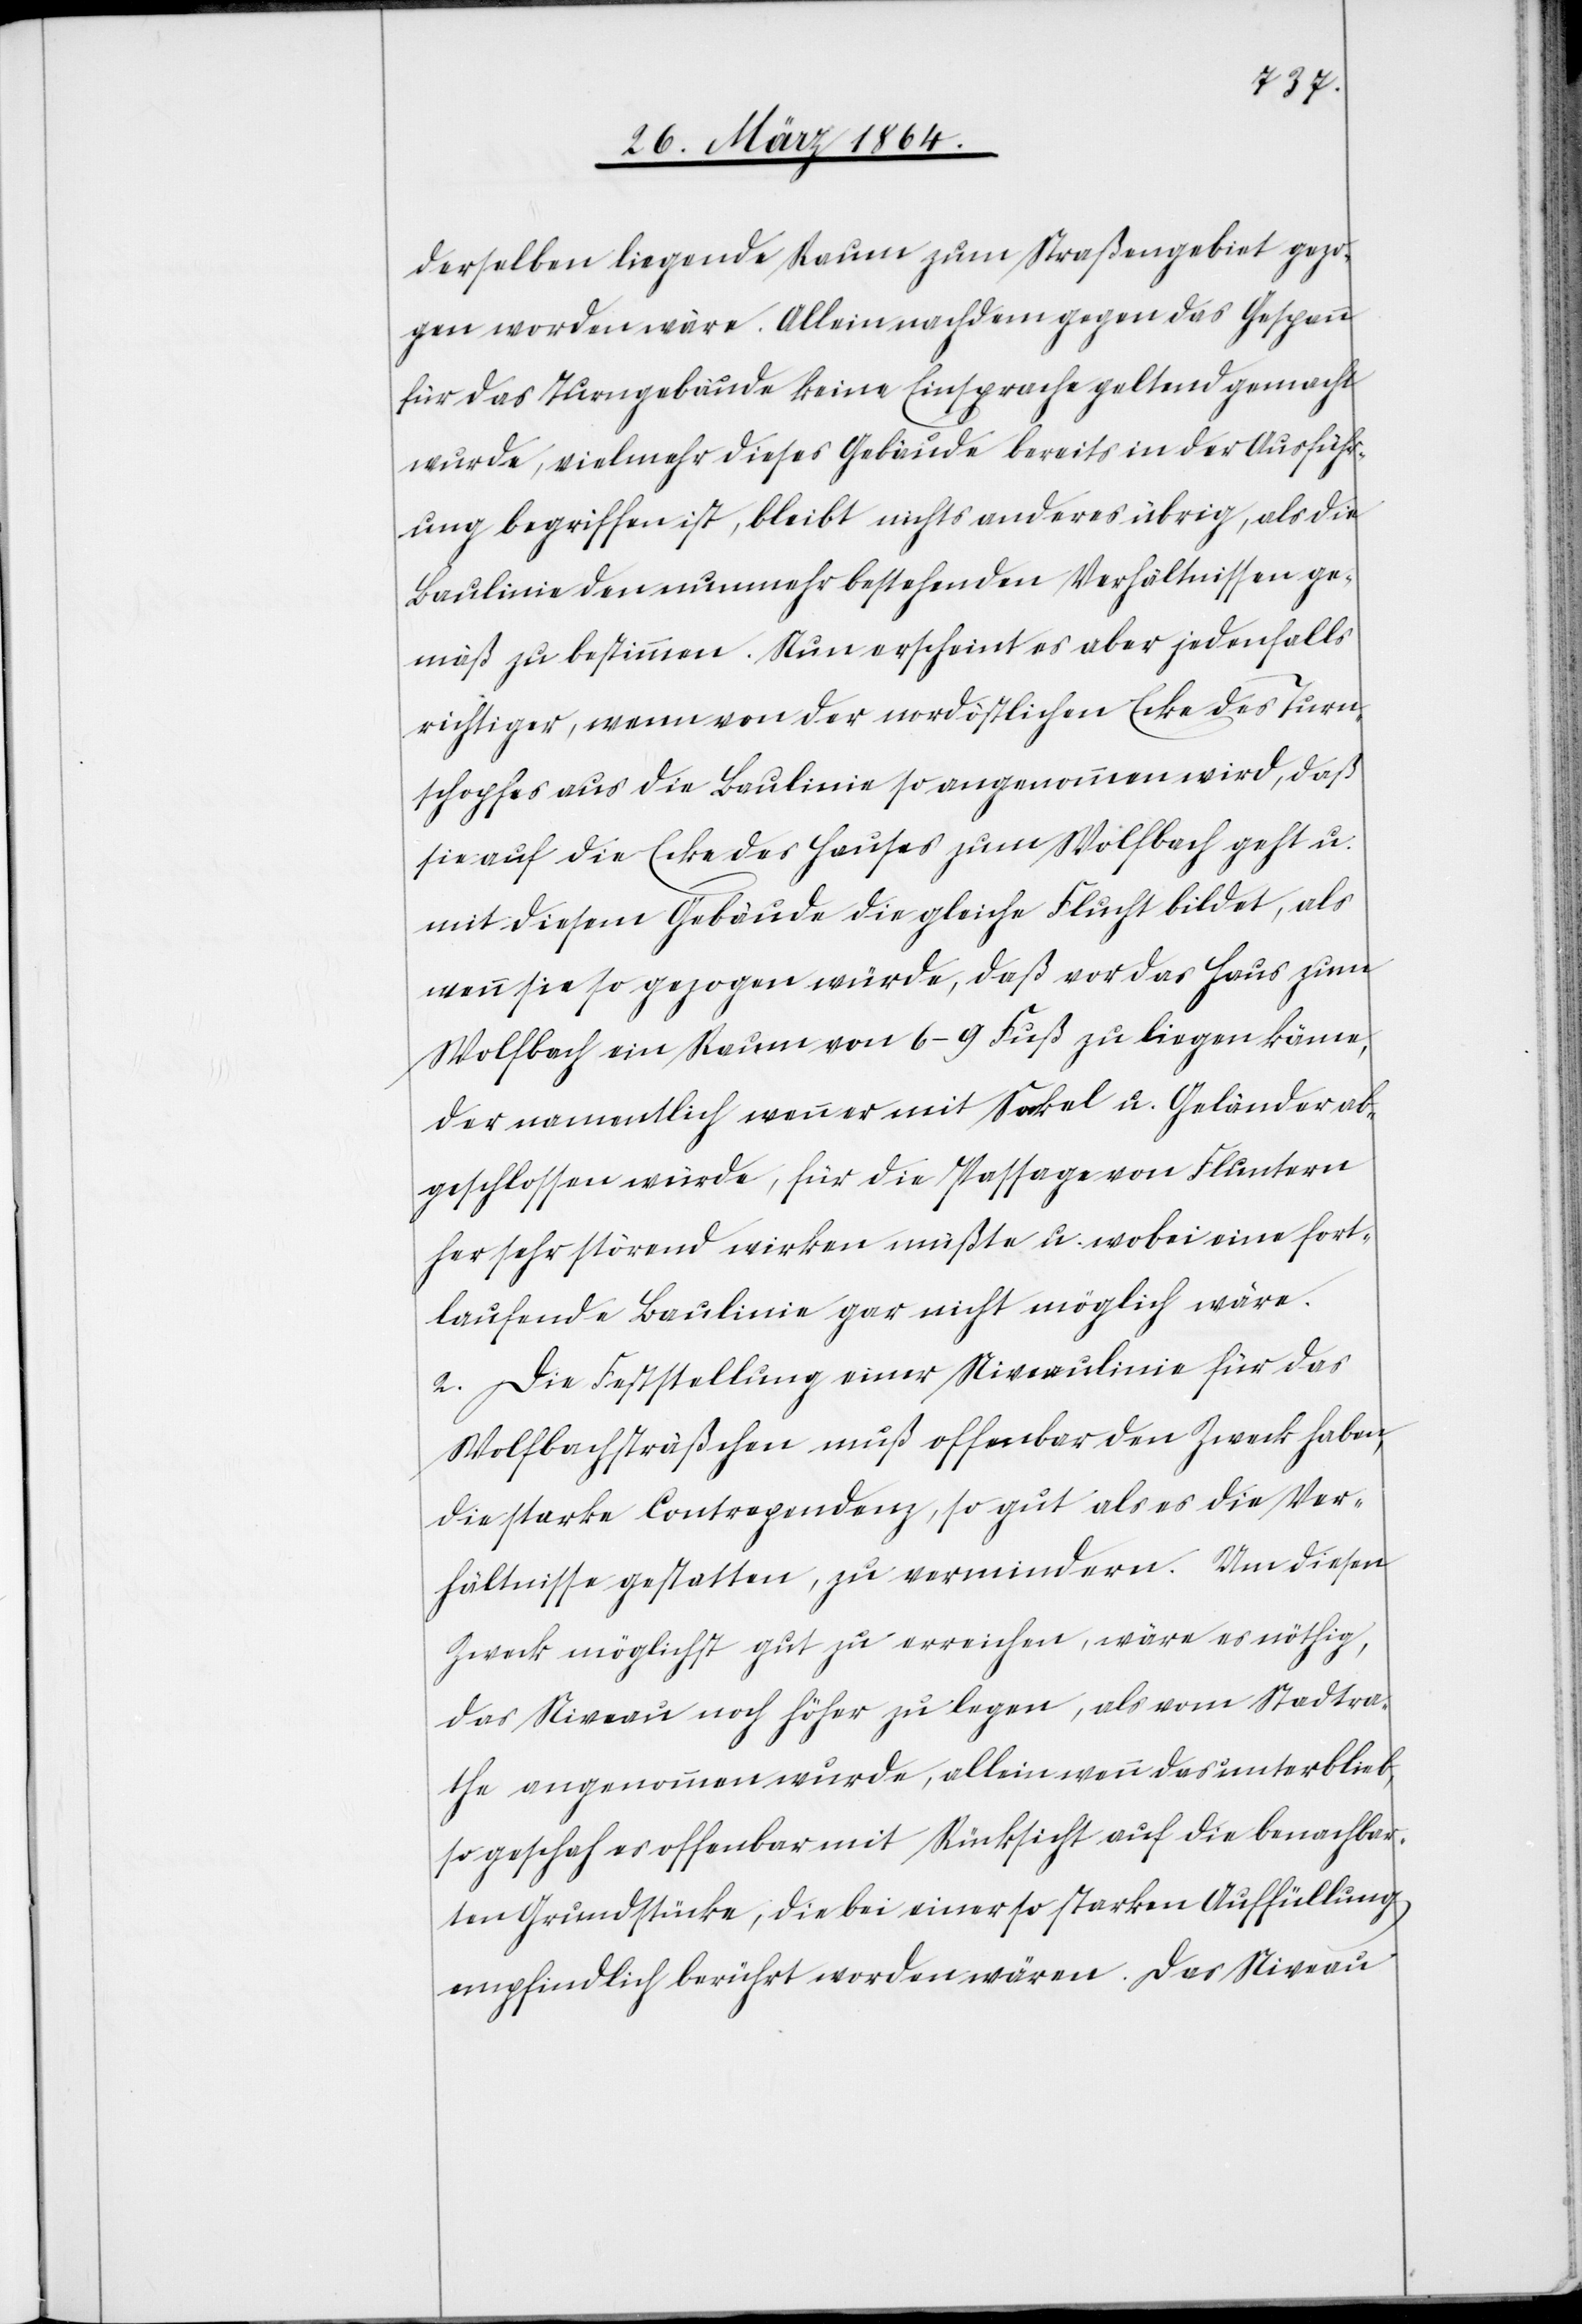
derselben liegende Raum zum Straßengebiet gezo¬
gen worden wäre. Allein nachdem gegen das Gespann
für das Turngebäude keine Einsprache geltend gemacht
wurde, vielmehr dieses Gebäude bereits in der Ausführ¬
ung begriffen ist, bleibt nichts anderes übrig, als die
Baulinie den nunmehr bestehenden Verhältnissen ge¬
mäß zu bestimmen. Nun erscheint es aber jedenfalls
richtiger, wenn von der nordöstlichen Ecke des Turn¬
schopfes aus die Baulinie so angenommen wird, daß
sie auf die Ecke des Hauses zum Wolfbach geht u.
mit diesem Gebäude die gleiche Flucht bildet, als
wenn sie so gezogen würde, daß vor das Haus zum
Wolfbach ein Raum von 6–9 Fuß zu liegen käme,
der namentlich wenn er mit Sockel u. Geländer ab¬
geschlossen würde, für die Passage von Fluntern
her sehr störend wirken müßte u. wobei eine fort¬
laufende Baulinie gar nicht möglich wäre.
2. Die Feststellung einer Niveaulinie für das
Wolfbachsträßchen muß offenbar den Zweck haben,
die starke Contrependenz, so gut als es die Ver¬
hältnisse gestatten, zu vermindern. Um diesen
Zweck möglichst gut zu erreichen, wäre es nöthig,
das Niveau noch höher zu legen, als vom Stadtra¬
the angenommen wurde, allein wenn das unterblieb,
so geschah es offenbar mit Rücksicht auf die benachbar¬
ten Grundstücke, die bei einer so starken Auffüllung
empfindlich berührt worden wären. Das Niveau